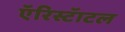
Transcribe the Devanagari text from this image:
एॅरिस्टॅाटल